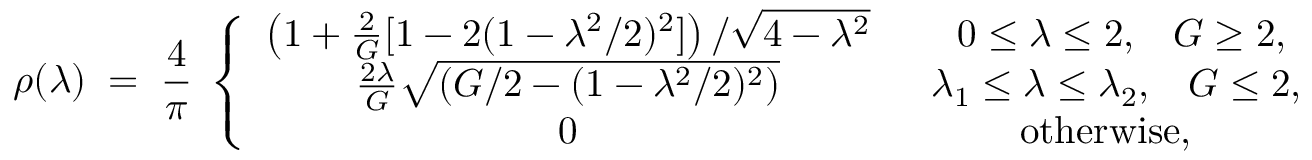
\rho ( \lambda ) \; = \; { \frac { 4 } { \pi } } \; \left\{ \begin{array} { c c } { { \left( 1 + { \frac { 2 } { G } } [ 1 - 2 ( 1 - \lambda ^ { 2 } / 2 ) ^ { 2 } ] \right) / \sqrt { 4 - \lambda ^ { 2 } } } } & { { \; \; \; 0 \leq \lambda \leq 2 , \; \; \; G \geq 2 , } } \\ { { { \frac { 2 \lambda } { G } } \sqrt { \left( G / 2 - ( 1 - \lambda ^ { 2 } / 2 ) ^ { 2 } \right) } } } & { { \; \; \lambda _ { 1 } \leq \lambda \leq \lambda _ { 2 } , \; \; \; G \leq 2 , } } \\ { { 0 } } & { { \mathrm { o t h e r w i s e } , } } \end{array} \right.